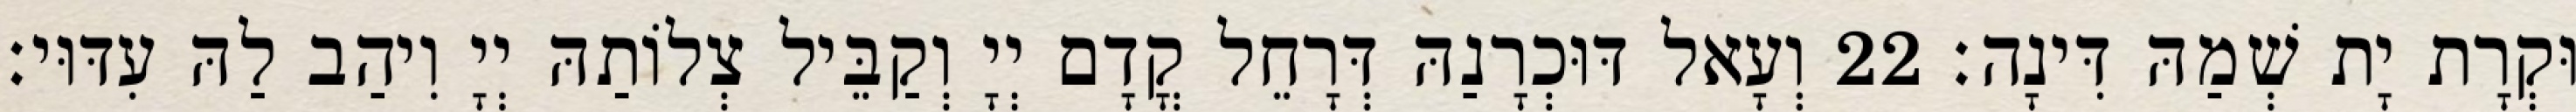
וּקְרָת יָת שְׁמַהּ דִּינָה׃ 22 וְעָאל דּוּכְרָנַהּ דְּרָחֵל קֳדָם יְיָ וְקַבֵּיל צְלוֹתַהּ יְיָ וִיהַב לַהּ עִדּוּי׃